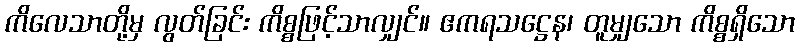
ကိလေသာတို့မှ လွတ်ခြင်း ကိစ္စဖြင့်သာလျှင်။ ဧကရသဋ္ဌေန၊ တူမျှသော ကိစ္စရှိသော